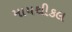
માયથીકલ